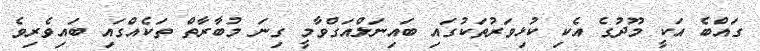
ގައްބެ އަކީ މޫދުގެ އެކި ކުޅިވަރުތަކުގައި ބައިނަލްއަގްވާމީ ގިނަ މުބާރާތް ތަކެއްގައި ބައިވެރިވެ